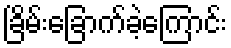
ခြိမ်းခြောက်ခဲ့ကြောင်း